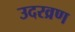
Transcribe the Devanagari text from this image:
उदरव्रण